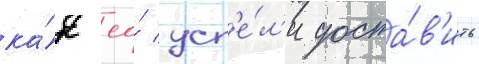
ка́к ео́ усп'е́л'и доста́в'ить